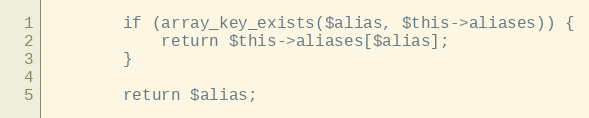
Language: PHP
		if (array_key_exists($alias, $this->aliases)) {
			return $this->aliases[$alias];
		}

		return $alias;